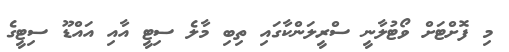
މި ފޮށްޓަށް ވޯޓުލާނީ ސްރީލަންކާގައި ތިބި މާލެ ސިޓީ އާއި އައްޑޫ ސިޓީގެ